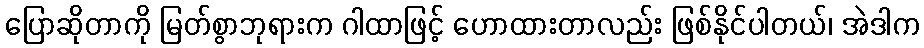
ပြောဆိုတာကို မြတ်စွာဘုရားက ဂါထာဖြင့် ဟောထားတာလည်း ဖြစ်နိုင်ပါတယ်၊ အဲဒါက